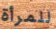
للمرأة